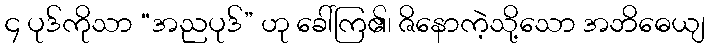
၄ ပုဒ်ကိုသာ “အညပုဒ်” ဟု ခေါ်ကြ၏၊ ဇိနောကဲ့သို့သော အဘိဓေယျ